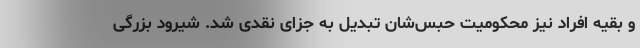
و بقیه افراد نیز محکومیت حبس‌شان تبدیل به جزای نقدی شد. شیرود بزرگی